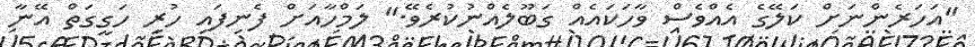
"އަހަރެންނަށް ކަލޭގެ އެއްވެސް ވާހަކައެއް ގަބޫލެއްނުކުރެވޭ." ލަމްހާއަށް ފެނިފައި ހުރި ހަގީގަތް އޭނާ